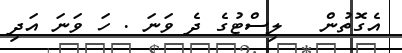
އެގޮތުން   ލިސްޓުގެ ދެ ވަނަ . ހަ ވަނަ އަދި